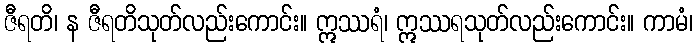
ဇီရတိ၊ န ဇီရတိသုတ်လည်းကောင်း။ ဣဿရံ၊ ဣဿရသုတ်လည်းကောင်း။ ကာမံ၊